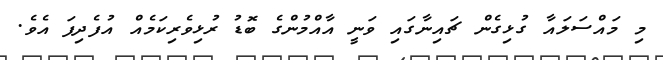
މި މައްސަލައާ ގުޅިގެން ޗައިނާގައި ވަނީ އާއްމުންގެ ބޮޑު ރުޅިވެރިކަމެއް އުފެދިފަ އެވެ.